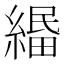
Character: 𦃴